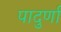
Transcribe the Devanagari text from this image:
पादुर्णा